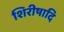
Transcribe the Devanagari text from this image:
शिरीषादि